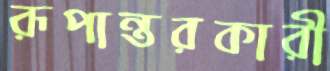
রূপান্তরকারী